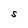
Character: S